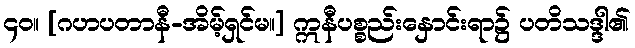
၄၀။ [ဂဟပတာနီ-အိမ့်ရှင်မ။] ဣနီပစ္စည်းနှောင်းရာ၌ ပတိသဒ္ဒါ၏